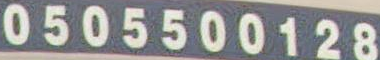
0505500128